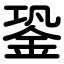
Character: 銎